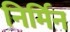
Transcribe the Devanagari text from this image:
निर्मिन